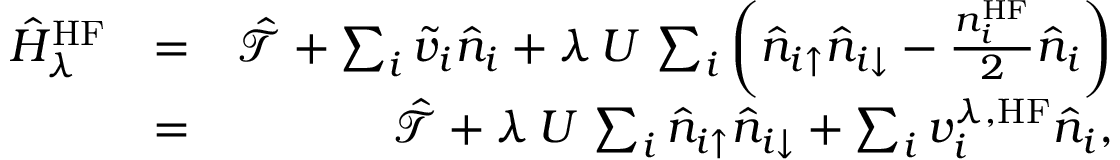
\begin{array} { r l r } { \hat { H } _ { \lambda } ^ { \mathrm { H F } } } & { = } & { \hat { \mathcal { T } } + \sum _ { i } \tilde { v } _ { i } \hat { n } _ { i } + \lambda \, U \, \sum _ { i } \left( \hat { n } _ { i \uparrow } \hat { n } _ { i \downarrow } - \frac { n _ { i } ^ { \mathrm { H F } } } { 2 } \hat { n } _ { i } \right) } \\ & { = } & { \hat { \mathcal { T } } + \lambda \, U \, \sum _ { i } \hat { n } _ { i \uparrow } \hat { n } _ { i \downarrow } + \sum _ { i } v _ { i } ^ { \lambda , \mathrm { H F } } \hat { n } _ { i } , } \end{array}